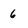
Character: 6